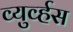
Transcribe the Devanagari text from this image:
व्युर्व्हस